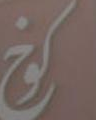
كوخ